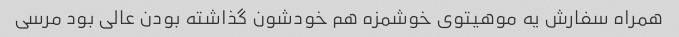
همراه سفارش یه موهیتوی خوشمزه هم خودشون گذاشته بودن عالی بود مرسی